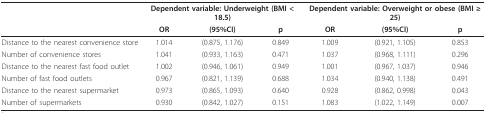
<table><thead><tr><td></td><td colspan="3"><b>Dependent variable: Underweight (BMI &lt; 18.5) </b></td><td colspan="3"><b>Dependent variable: Overweight or obese (BMI ≥ 25)</b></td></tr><tr><td></td><td><b>OR</b></td><td><b>(95%CI)</b></td><td><b>p</b></td><td><b>OR</b></td><td><b>(95%CI)</b></td><td><b>p</b></td></tr></thead><tbody><tr><td>Distance to the nearest convenience store</td><td>1.014</td><td>(0.875, 1.176)</td><td>0.849</td><td>1.009</td><td>(0.921, 1.105)</td><td>0.853</td></tr><tr><td>Number of convenience stores</td><td>1.041</td><td>(0.933, 1.163)</td><td>0.471</td><td>1.037</td><td>(0.968, 1.111)</td><td>0.296</td></tr><tr><td>Distance to the nearest fast food outlet</td><td>1.002</td><td>(0.946, 1.061)</td><td>0.949</td><td>1.001</td><td>(0.967, 1.037)</td><td>0.946</td></tr><tr><td>Number of fast food outlets</td><td>0.967</td><td>(0.821, 1.139)</td><td>0.688</td><td>1.034</td><td>(0.940, 1.138)</td><td>0.491</td></tr><tr><td>Distance to the nearest supermarket</td><td>0.973</td><td>(0.865, 1.093)</td><td>0.640</td><td>0.928</td><td>(0.862, 0.998)</td><td>0.043</td></tr><tr><td>Number of supermarkets</td><td>0.930</td><td>(0.842, 1.027)</td><td>0.151</td><td>1.083</td><td>(1.022, 1.149)</td><td>0.007</td></tr></tbody></table>